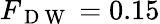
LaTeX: F_{\mathrm{~D~W~}}=0.15